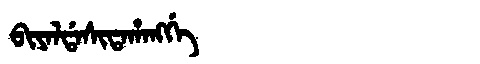
Manchu: ᠪᡳᠶᠠᠯᡩᠠᠰᡳᡨᠠᡥᠠᠩᡤᡝ
Romanization: BIYALDASITAHANGGE